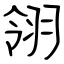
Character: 翎